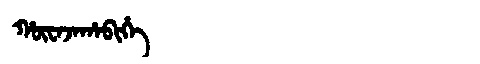
Manchu: ᡥᡡᠸᠠᠵᠠᡥᠠᠪᡳᡥᡝ
Romanization: HŪWAJAHABIHE